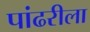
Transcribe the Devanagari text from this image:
पांढरीला